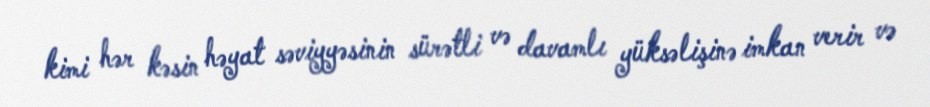
kimi hər kəsin həyat səviyyəsinin sürətli və davamlı yüksəlişinə imkan verir və